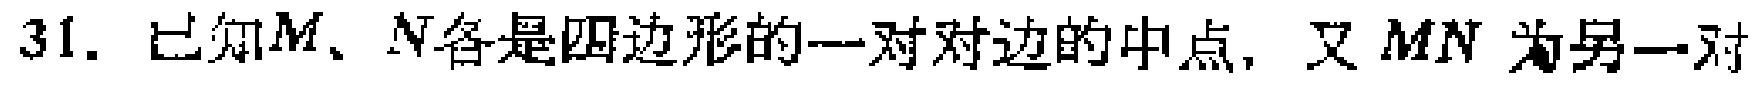
31. 已知\(M\)、\(N\)各是四边形的一对对边的中点，又\(MN\) 为另一对